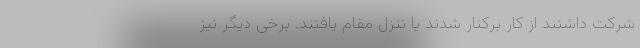
شرکت داشتند از کار برکنار شدند یا تنزل مقام یافتند. برخی دیگر نیز